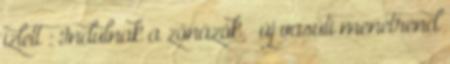
ízlett : Indulnak a zónázók – új vasúti menetrend